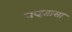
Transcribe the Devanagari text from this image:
नव्हतासा